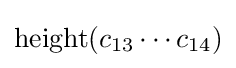
\operatorname {height} (c_{13}\cdots c_{14})